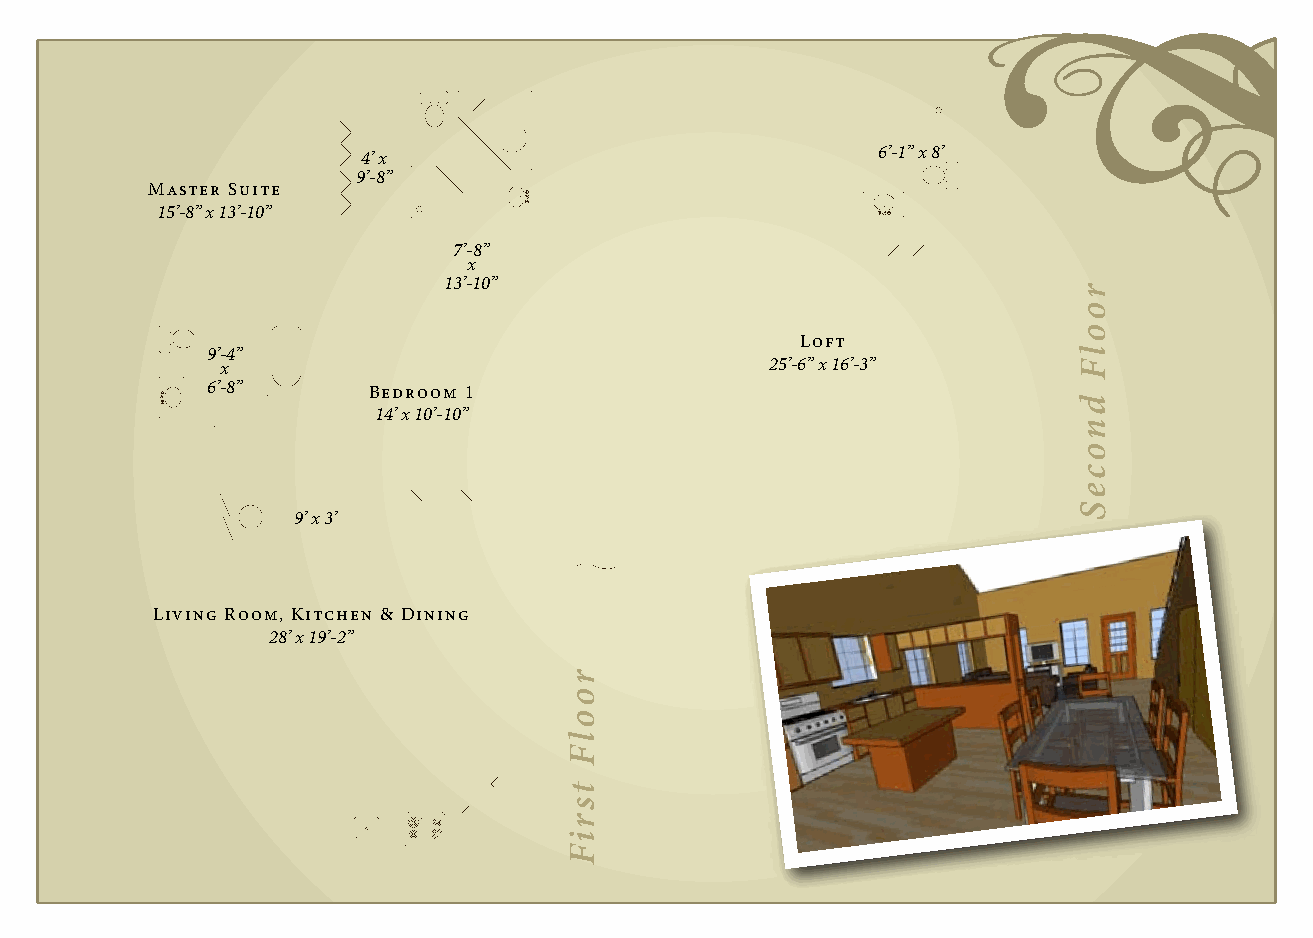
4’ x                              6’-1” x 8’
 9’-8”
 Master Suite
 15’-8” x 13’-10”
 7’-8”
 x
 13’-10”
 Loft
 9’-4”
 x                                   25’-6” x 16’-3”
 6’-8”     Bedroom 1
 14’ x 10’-10”
 9’ x 3’
 Living Room, Kitchen & Dining
 28’ x 19’-2”
 roolF
 tsriF
 roolF
 dnoceS